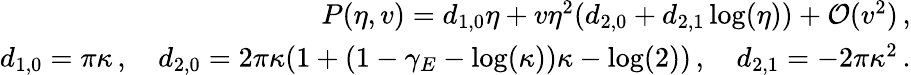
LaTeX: \begin{array}{r}{P(\eta,v)=d_{1,0}\eta+v\eta^{2}(d_{2,0}+d_{2,1}\log(\eta))+{\cal O}(v^{2})\, ,}\\ {d_{1,0}=\pi\kappa\, ,\quad d_{2,0}=2\pi\kappa(1+(1-\gamma_{E}-\log(\kappa))\kappa-\log(2))\, ,\quad d_{2,1}=-2\pi\kappa^{2}\, .}\end{array}